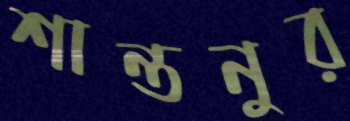
শান্তনুর